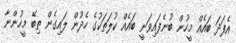
އެފަދަ ބައެއް މީހުން ބުނެފައިވަނީ ބައެއް ކުލަތަކުގެ ހެދުން ލައިގެން ތިބޭ މީހުންނާ